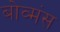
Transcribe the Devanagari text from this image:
बोव्मंस